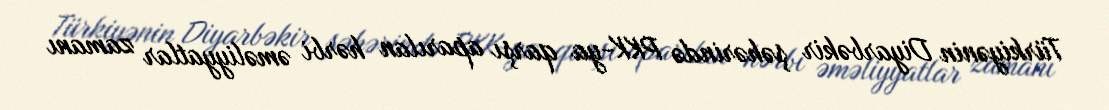
Türkiyənin Diyarbəkir şəhərində PKK-ya qarşı aparılan hərbi əməliyyatlar zamanı